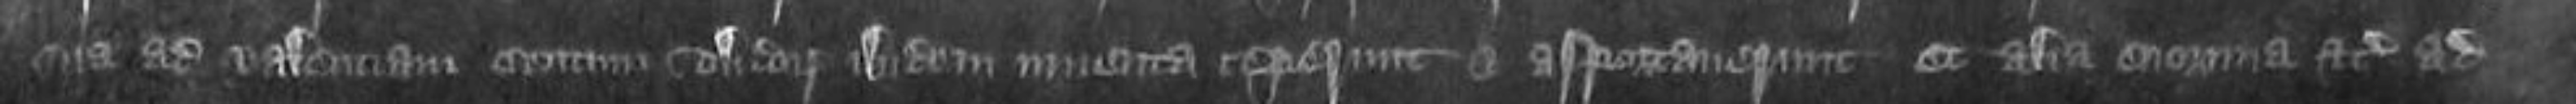
sua ad valenciam centum solidorum ibidem inventa ceperunt et asportaverunt et alia enormia etc ad